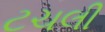
ટચલી